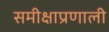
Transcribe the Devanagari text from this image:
समीक्षाप्रणाली